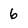
Character: 6